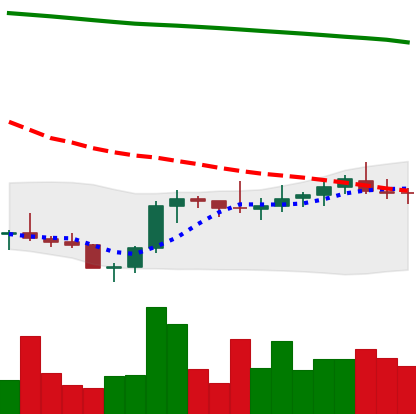
Ticker: XLM-USD
Chart end date: 2021-08-03
Forward return: 4.803%
Label: up_3_5